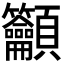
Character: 𥸤